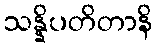
သန္နိပတိတာနိ